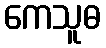
ကေသူဓ